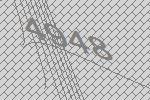
4948